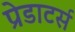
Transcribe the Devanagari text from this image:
प्रेडाटर्स